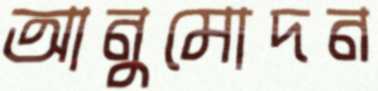
আনুমোদন